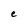
Character: e